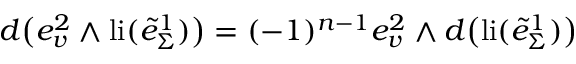
d \big ( e _ { v } ^ { 2 } \wedge \mathrm { l i } ( \tilde { e } _ { \Sigma } ^ { 1 } ) \big ) = ( - 1 ) ^ { n - 1 } e _ { v } ^ { 2 } \wedge d \big ( \mathrm { l i } ( \tilde { e } _ { \Sigma } ^ { 1 } ) \big )